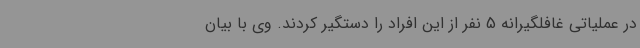
در عملیاتی غافلگیرانه 5 نفر از این افراد را دستگیر کردند. وی با بیان